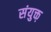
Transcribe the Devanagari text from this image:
संयुक्त़